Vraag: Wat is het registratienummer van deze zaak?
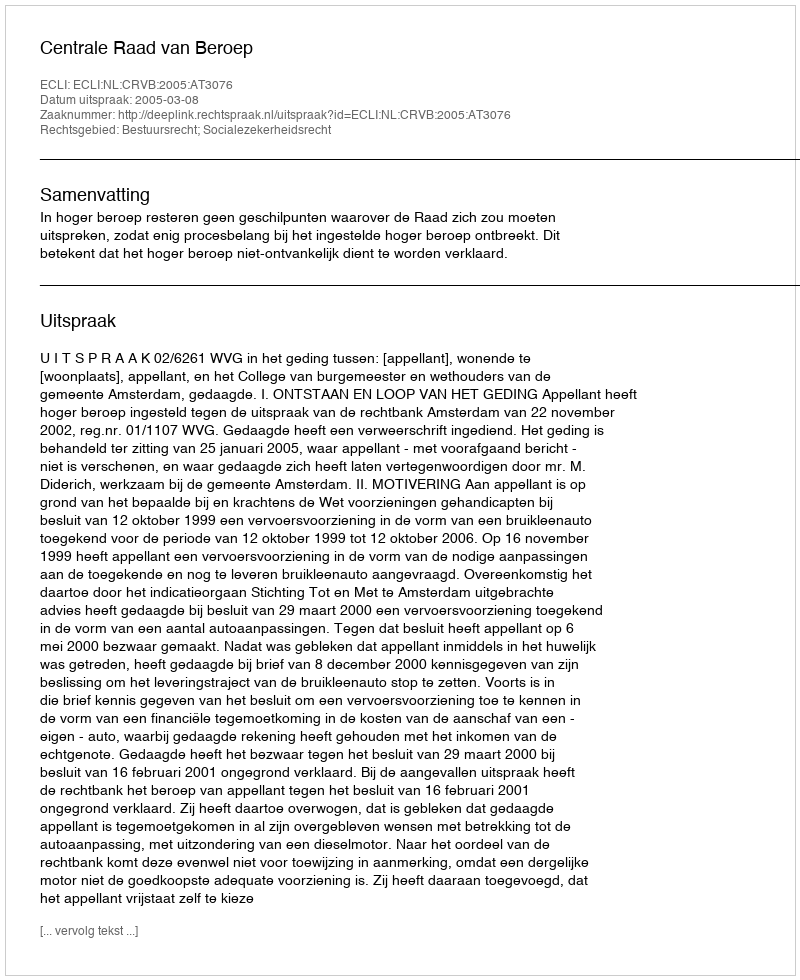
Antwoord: http://deeplink.rechtspraak.nl/uitspraak?id=ECLI:NL:CRVB:2005:AT3076